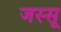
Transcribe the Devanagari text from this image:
जस्सू